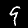
Digit: 9